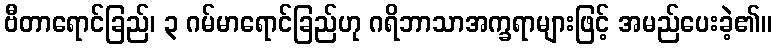
ဗီတာရောင်ခြည်၊ ၃ ဂမ်မာရောင်ခြည်ဟု ဂရိဘာသာအက္ခရာများဖြင့် အမည်ပေးခဲ့၏။